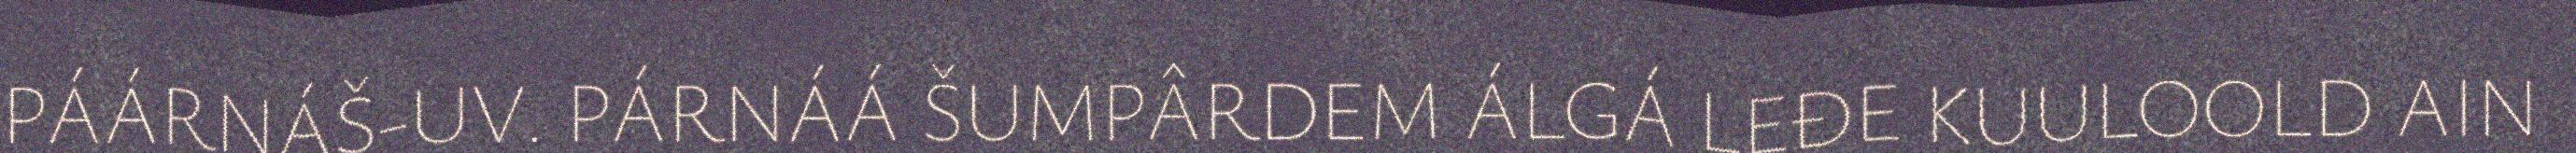
PÁÁRNÁŠ-UV. PÁRNÁÁ ŠUMPÂRDEM ÁLGÁ LEĐE KUULOOLD AIN